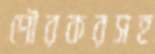
পৌরকরসহ